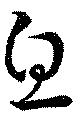
息